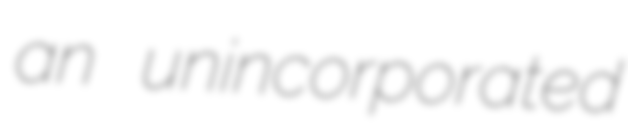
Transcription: an unincorporated